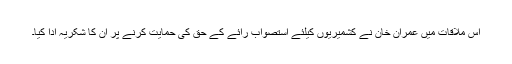
اس ملاقات میں عمران خان نے کشمیریوں کیلئے استصواب رائے کے حق کی حمایت کرنے پر ان کا شکریہ ادا کیا۔